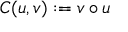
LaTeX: C ( u , v ) : = v \circ u